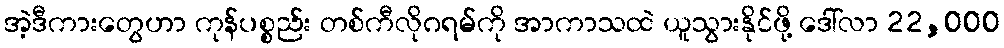
အဲ့ဒီကားတွေဟာ ကုန်ပစ္စည်း တစ်ကီလိုဂရမ်ကို အာကာသထဲ ယူသွားနိုင်ဖို့ ဒေါ်လာ 22,000